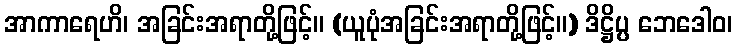
အာကာရေဟိ၊ အခြင်းအရာတို့ဖြင့်။ (ယူပုံအခြင်းအရာတို့ဖြင့်။) ဒိဋ္ဌိပ္ပ ဘေဒေါဝ၊